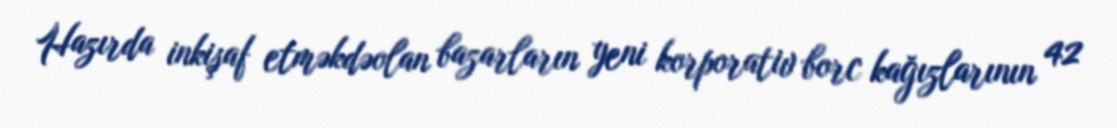
Hazırda inkişaf etməkdəolan bazarların yeni korporativ borc kağızlarının 42